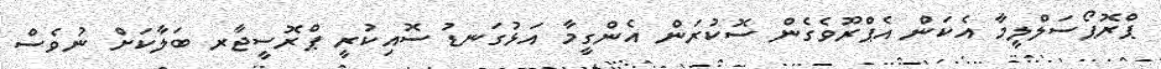
ޕްރޮޕޯސަލްލީމާ އެކަން އެޕްރޫވެގެން ސޮކުރަން އެންގީމާ އަޅުގަނޑު ސޮއިކުރީ ޕްރޮސީޖާރ ބަލާކަށް ނުވެސް